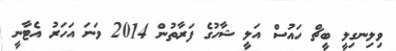
ވިލިނގިލީ ބީޗް ހައުސް އަލީ ޝާހުގެ ފަރާތުން 2014 ވަނަ އަހަރު އެޓާނީ